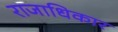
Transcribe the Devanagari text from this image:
राजाधिकार